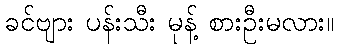
ခင်ဗျား ပန်းသီး မုန့် စားဦးမလား။